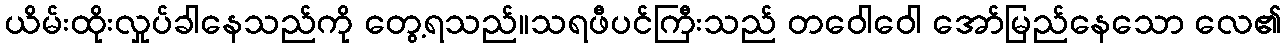
ယိမ်းထိုးလှုပ်ခါနေသည်ကို တွေ့ရသည်။သရဖီပင်ကြီးသည် တဝေါဝေါ အော်မြည်နေသော လေ၏